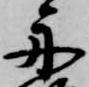
舟